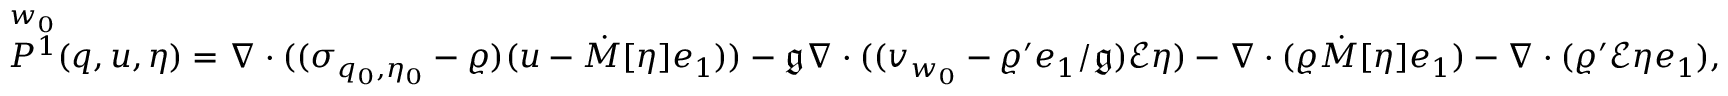
\overset { w _ { 0 } } { P ^ { 1 } } ( q , u , \eta ) = \nabla \cdot ( ( \sigma _ { q _ { 0 } , \eta _ { 0 } } - \varrho ) ( u - \dot { M } [ \eta ] e _ { 1 } ) ) - \mathfrak { g } \nabla \cdot ( ( v _ { w _ { 0 } } - \varrho ^ { \prime } e _ { 1 } / \mathfrak { g } ) \mathcal { E } \eta ) - \nabla \cdot ( \varrho \dot { M } [ \eta ] e _ { 1 } ) - \nabla \cdot ( \varrho ^ { \prime } \mathcal { E } \eta e _ { 1 } ) ,